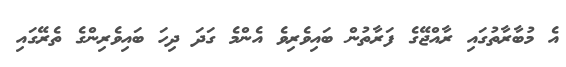
އެ މުބާރާތުގައި ރާއްޖޭގެ ފަރާތުން ބައިވެރިވެ އެންމެ ގަދަ ދިހަ ބައިވެރިންގެ ތެރޭގައި